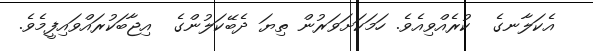
އެކަލާނގެ  ކުރެއްވިއެވެ. ހަމަކަށަވަރުން ތިޔަ ދެބޭކަލުންގެ  އިޖާބަކުރައްވައިފީމެވެ.